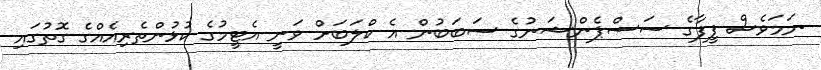
ނަމަވެސް ފީފާގެ ސަސްޕެންޝަނުގެ ސަބަބުން އެ ކްލަބަށް ވަނީ އެޓީމުގެ ކުޅުންތެރިއެއްގެ ގޮތުގައި